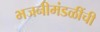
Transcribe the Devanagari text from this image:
भजनीमंडळींची